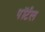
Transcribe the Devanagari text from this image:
पॉर्टल